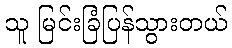
သူ မြင်းခြံပြန်သွားတယ်